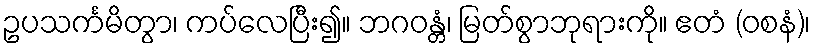
ဥပသင်္ကမိတွာ၊ ကပ်လေပြီး၍။ ဘဂဝန္တံ၊ မြတ်စွာဘုရားကို။ ဧတံ (ဝစနံ)၊